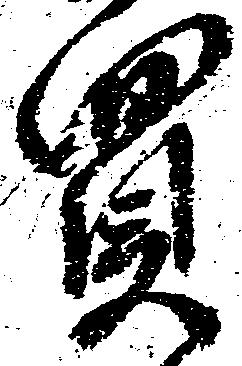
買